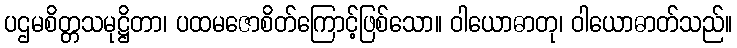
ပဌမစိတ္တသမုဋ္ဌိတာ၊ ပထမဇောစိတ်ကြောင့်ဖြစ်သော။ ဝါယောဓာတု၊ ဝါယောဓာတ်သည်။